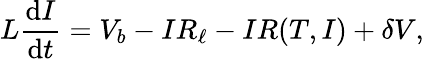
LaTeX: L\frac{\mathrm{d}I}{\mathrm{d}t}=V_{b}-IR_{\ell}-IR(T,I)+\delta V,